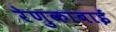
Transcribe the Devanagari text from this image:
रेणुकाबाई